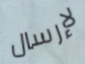
لإرسال